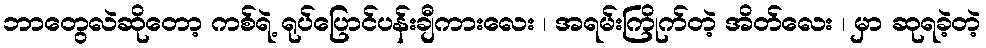
ဘာတွေလဲဆိုတော့ ကစ်ရဲ့ ရုပ်ပြောင်ပန်းချီကားလေး ၊ အရမ်းကြိုက်တဲ့ အိတ်လေး ၊ မှာ ဆုရခဲ့တဲ့